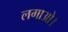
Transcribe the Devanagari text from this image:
लगाओ।